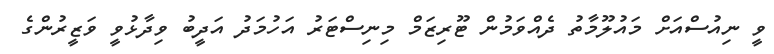
ވީ ނިއުސްއަށް މައުލޫމާތު ދެއްވަމުން ޓޫރިޒަމް މިނިސްޓަރު އަހުމަދު އަދީބު ވިދާޅުވީ ވަޒީރުންގެ